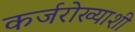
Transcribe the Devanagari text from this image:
कर्जरोख्याशी